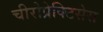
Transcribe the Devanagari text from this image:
चीरोप्रेक्टिसेस